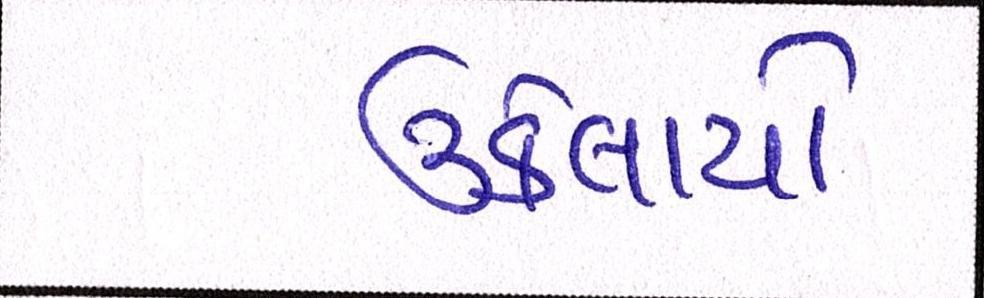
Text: ઉકેલાયો